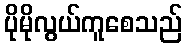
ပိုမိုလွယ်ကူစေသည်